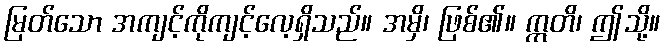
မြတ်သော အကျင့်ကိုကျင့်လေ့ရှိသည်။ အမှိ၊ ဖြစ်၏။ ဣတိ၊ ဤသို့။